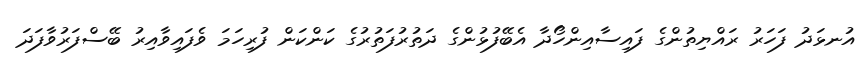
އުނޅަދު ފަހަރު ރައްޔިތުންގެ ފައިސާއިންހޯދާ އެބޭފުޅުންގެ ދަތުރުފަތުރުގެ ކަންކަން ފުރިހަމަ ވެފައިވާއިރު ބޭސްފަރުވާފަދަ